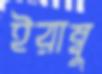
ইরাম্বু